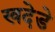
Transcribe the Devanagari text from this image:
खदेडे